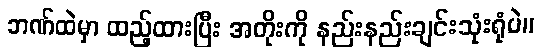
ဘဏ်ထဲမှာ ထည့်ထားပြီး အတိုးကို နည်းနည်းချင်းသုံးရုံပဲ။